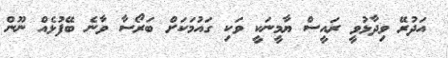
އަދުރޭ ވިދާޅުވީ ރައީސް ޔާމީނަކީ ވަކި ގައުމަކަށް ބަރޯސާ ވާނެ ބޭފުޅެއް ނޫން